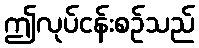
ဤလုပ်ငန်းစဉ်သည်